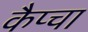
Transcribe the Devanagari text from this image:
कैप्चा